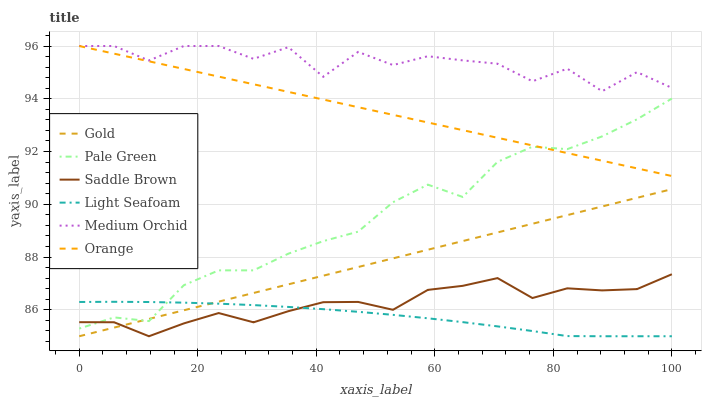
| xaxis_label | Gold | Pale Green | Saddle Brown | Light Seafoam | Medium Orchid | Orange |
 | --- | --- | --- | --- | --- | --- | --- |
 | 0 | 85 | 85.3 | 85.5 | 86.3 | 96 | 96 |
 | 5.88 | 85.3 | 85.7 | 85.5 | 86.3 | 96 | 95.7 |
 | 11.8 | 85.7 | 85.6 | 85 | 86.3 | 95.5 | 95.4 |
 | 17.6 | 86 | 86.9 | 85.5 | 86.3 | 96 | 95.1 |
 | 23.5 | 86.3 | 87.5 | 85.9 | 86.2 | 96 | 94.8 |
 | 29.4 | 86.6 | 87.5 | 85.5 | 86.2 | 95.5 | 94.6 |
 | 35.3 | 87 | 88.1 | 86 | 86.1 | 96 | 94.3 |
 | 41.2 | 87.3 | 88.6 | 86.3 | 86 | 94.8 | 94 |
 | 47.1 | 87.6 | 89 | 86.3 | 85.9 | 95.8 | 93.7 |
 | 52.9 | 88 | 90.1 | 86 | 85.8 | 95.3 | 93.4 |
 | 58.8 | 88.3 | 90.7 | 86.8 | 85.7 | 95.6 | 93.1 |
 | 64.7 | 88.6 | 90.3 | 86.9 | 85.5 | 95.5 | 92.8 |
 | 70.6 | 88.9 | 91.6 | 87.2 | 85.4 | 95.3 | 92.5 |
 | 76.5 | 89.3 | 92.2 | 86.4 | 85.2 | 94.7 | 92.2 |
 | 82.4 | 89.6 | 92.1 | 86.8 | 85 | 95.1 | 91.9 |
 | 88.2 | 89.9 | 92.6 | 86.7 | 85 | 94.3 | 91.7 |
 | 94.1 | 90.2 | 93.2 | 86.8 | 85 | 95 | 91.4 |
 | 100 | 90.6 | 94 | 87.4 | 85 | 94.4 | 91.1 |